Report on sanitation, dispensaries, and jails in Rajputana for 1916, and on vaccination for the year 1916-1917 - 1916-1917
Year: 1916
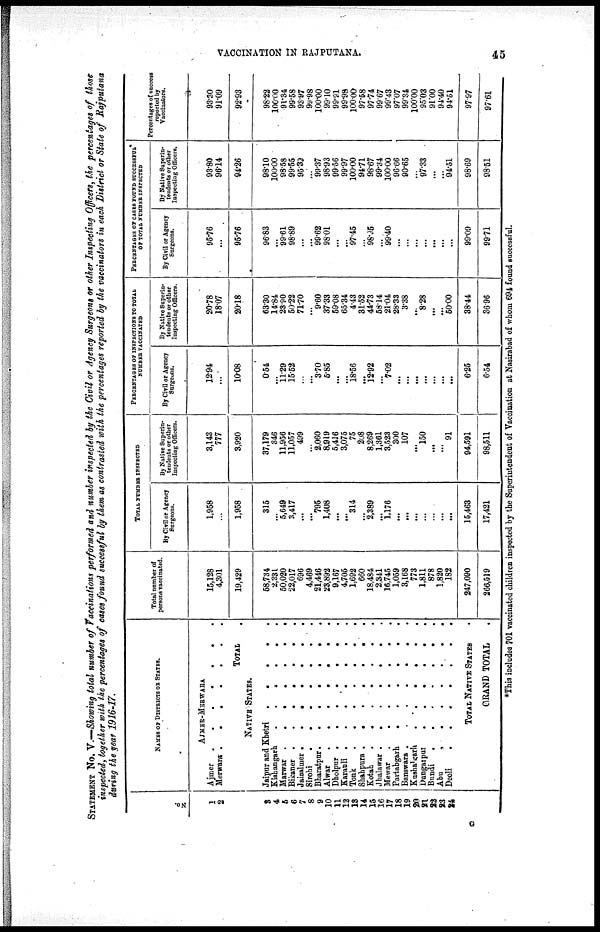
VACCINATION IN RAJPUTANA.
45
STATEMENT No. V.—Showing total number of Vaccinations performed and number inspected by the Civil or Agency Surgeons or other Inspecting Officers, the percentages of those
inspected, together with the percentages of cases found successful by them as contrasted with the percentages reported by the vaccinators in each District or State of Rajputana
during the year 1916-17.
No.
1
2
3
4
5
6
7
8
9
10
11
12
13
14
15
16
17
18
19
20
21
22
23
24
NAMES OF DISTRICTS OF STATES.
AJMER-MERWARA
Ajmer
.
.
.
.
.
.
.
Merwara
.
.
.
.
.
.
.
TOTAL.
NATIVE STATES.
Jaipur and Khetri
.
.
.
.
.
Kishangarh
.
.
.
.
.
Marwar
.
.
.
.
.
Bikaner
.
.
.
.
.
Jaisalmer
.
.
.
.
.
Sirohi
.
.
.
.
.
Bharatpur
.
.
.
.
.
.
Alwar
.
.
.
.
.
Dholpur
Karauli
Tonk
Shahpura
.....
Kotah
Jhalawar
.......
Mewar.....
Partabgarh
Banswara
......
Kushalgarh
Dungarpur
......
Bundi
Abu
Deoli
TOTAL NATIVE STATES.
GRAND TOTAL .
Total number of
persons vaccinated.
15,128
4,301
19,429
58,734
2,331
50,020
22,017
696
4,469
21,446
23,892
9,167
4,705
1,692
660
18,484
2.341
16,745
1,059
3,168
773
1,811
878
1,820
182
247,090
266,519
TOTAL NUMBER INSPECTED
By Civil or Agency
Surgeons.
1,958
...
1,958
315
...
5,649
3,417
...
...
795
1,408
...
...
314
...
2,389
...
1,176
...
...
...
...
...
...
...
15,463
17,421
By Native Superin-
tendents or other
Inspecting Officers.
3,143
777
3,920
37,179
346
11,956
11,057
499
...
2,060
8,919
5,416
3,075
75
208
8,269
1,361
3,523
300
107
...
150
...
...
91
94,591
98,511
PERCENTAGES OF INSPECTIONS TO TOTAL
NUMBER VACCINATED
By Civil or Agency
Surgeons.
12.94
...
10.08
0.54
...
11.29
15.52
...
...
3.70
5.85
...
...
18.56
...
12.92
...
7.02
...
...
...
...
...
...
...
6.25
6.54
By Native Superin-
tendents or other
Inspecting Officers.
20.78
18.07
20.18
63.30
14.84
23.90
50.22
71.70
...
9.60
37.33
59.08
65.34
4.43
31.52
44.73
58.14
21.04
28.33
3.38
...
8.28
...
...
50.00
38.44
36.96
PERCENTAGES OF CASES FOUND SUCCESSFUL
OF TOTAL NUMBER INSPECTED
By Civil or Agency
Surgeons.
95.76
...
96.76
96.83
...
99.61
98.89
...
...
99.62
98.01
...
...
97.45
...
98.96
...
99.40
...
...
...
...
...
...
...
99.09
99.71
By Native Superin-
tendents or other
Inspecting Officers.
93.80
96.14
94'26
98.10
100.00
98.58
99.55
95.39
...
99.37
98.93
99.56
99.97
100.00
94.71
98.67
99.34
100.00
96.66
90.65
...
97.33
...
...
94.51
98.69
98.51
Percentages of success
reported by
Vaccinators.
93.30
91.09
92.93
98.22
100.00
91.34
99.58
93.97
99.98
100.00
99.10
99.91
99.98
100.00
97.58
97.74
99.67
99.43
97.07
99.34
100.00
95.03
91.00
94.40
94.51
97.97
97.61
*This includes 701 vaccinated children inspected by the Superintendent of Vaccination at Nasirabad of whom 694 found successful.
G